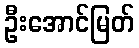
ဦးအောင်မြတ်